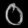
Digit: ၀